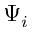
\Psi _ { i }